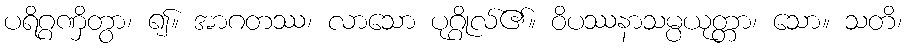
ပရိဂ္ဂဏှိတွာ၊ ၍။ အာဂတဿ၊ လာသော ပုဂ္ဂိုလ်၏။ ဝိပဿနာသမ္ပယုတ္တာ၊ သော။ သတိ၊